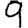
Digit: 9